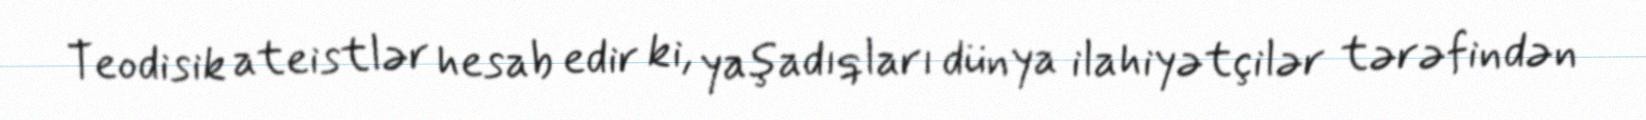
Teodisik ateistlər hesab edir ki, yaşadıqları dünya ilahiyətçilər tərəfindən